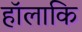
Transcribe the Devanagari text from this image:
हॉलाकि